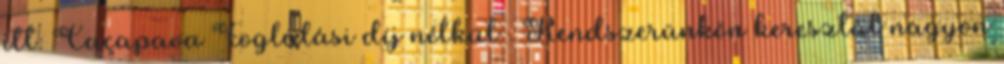
itt: Caçapava Foglalási díj nélkül . Rendszerünkön keresztül nagyon